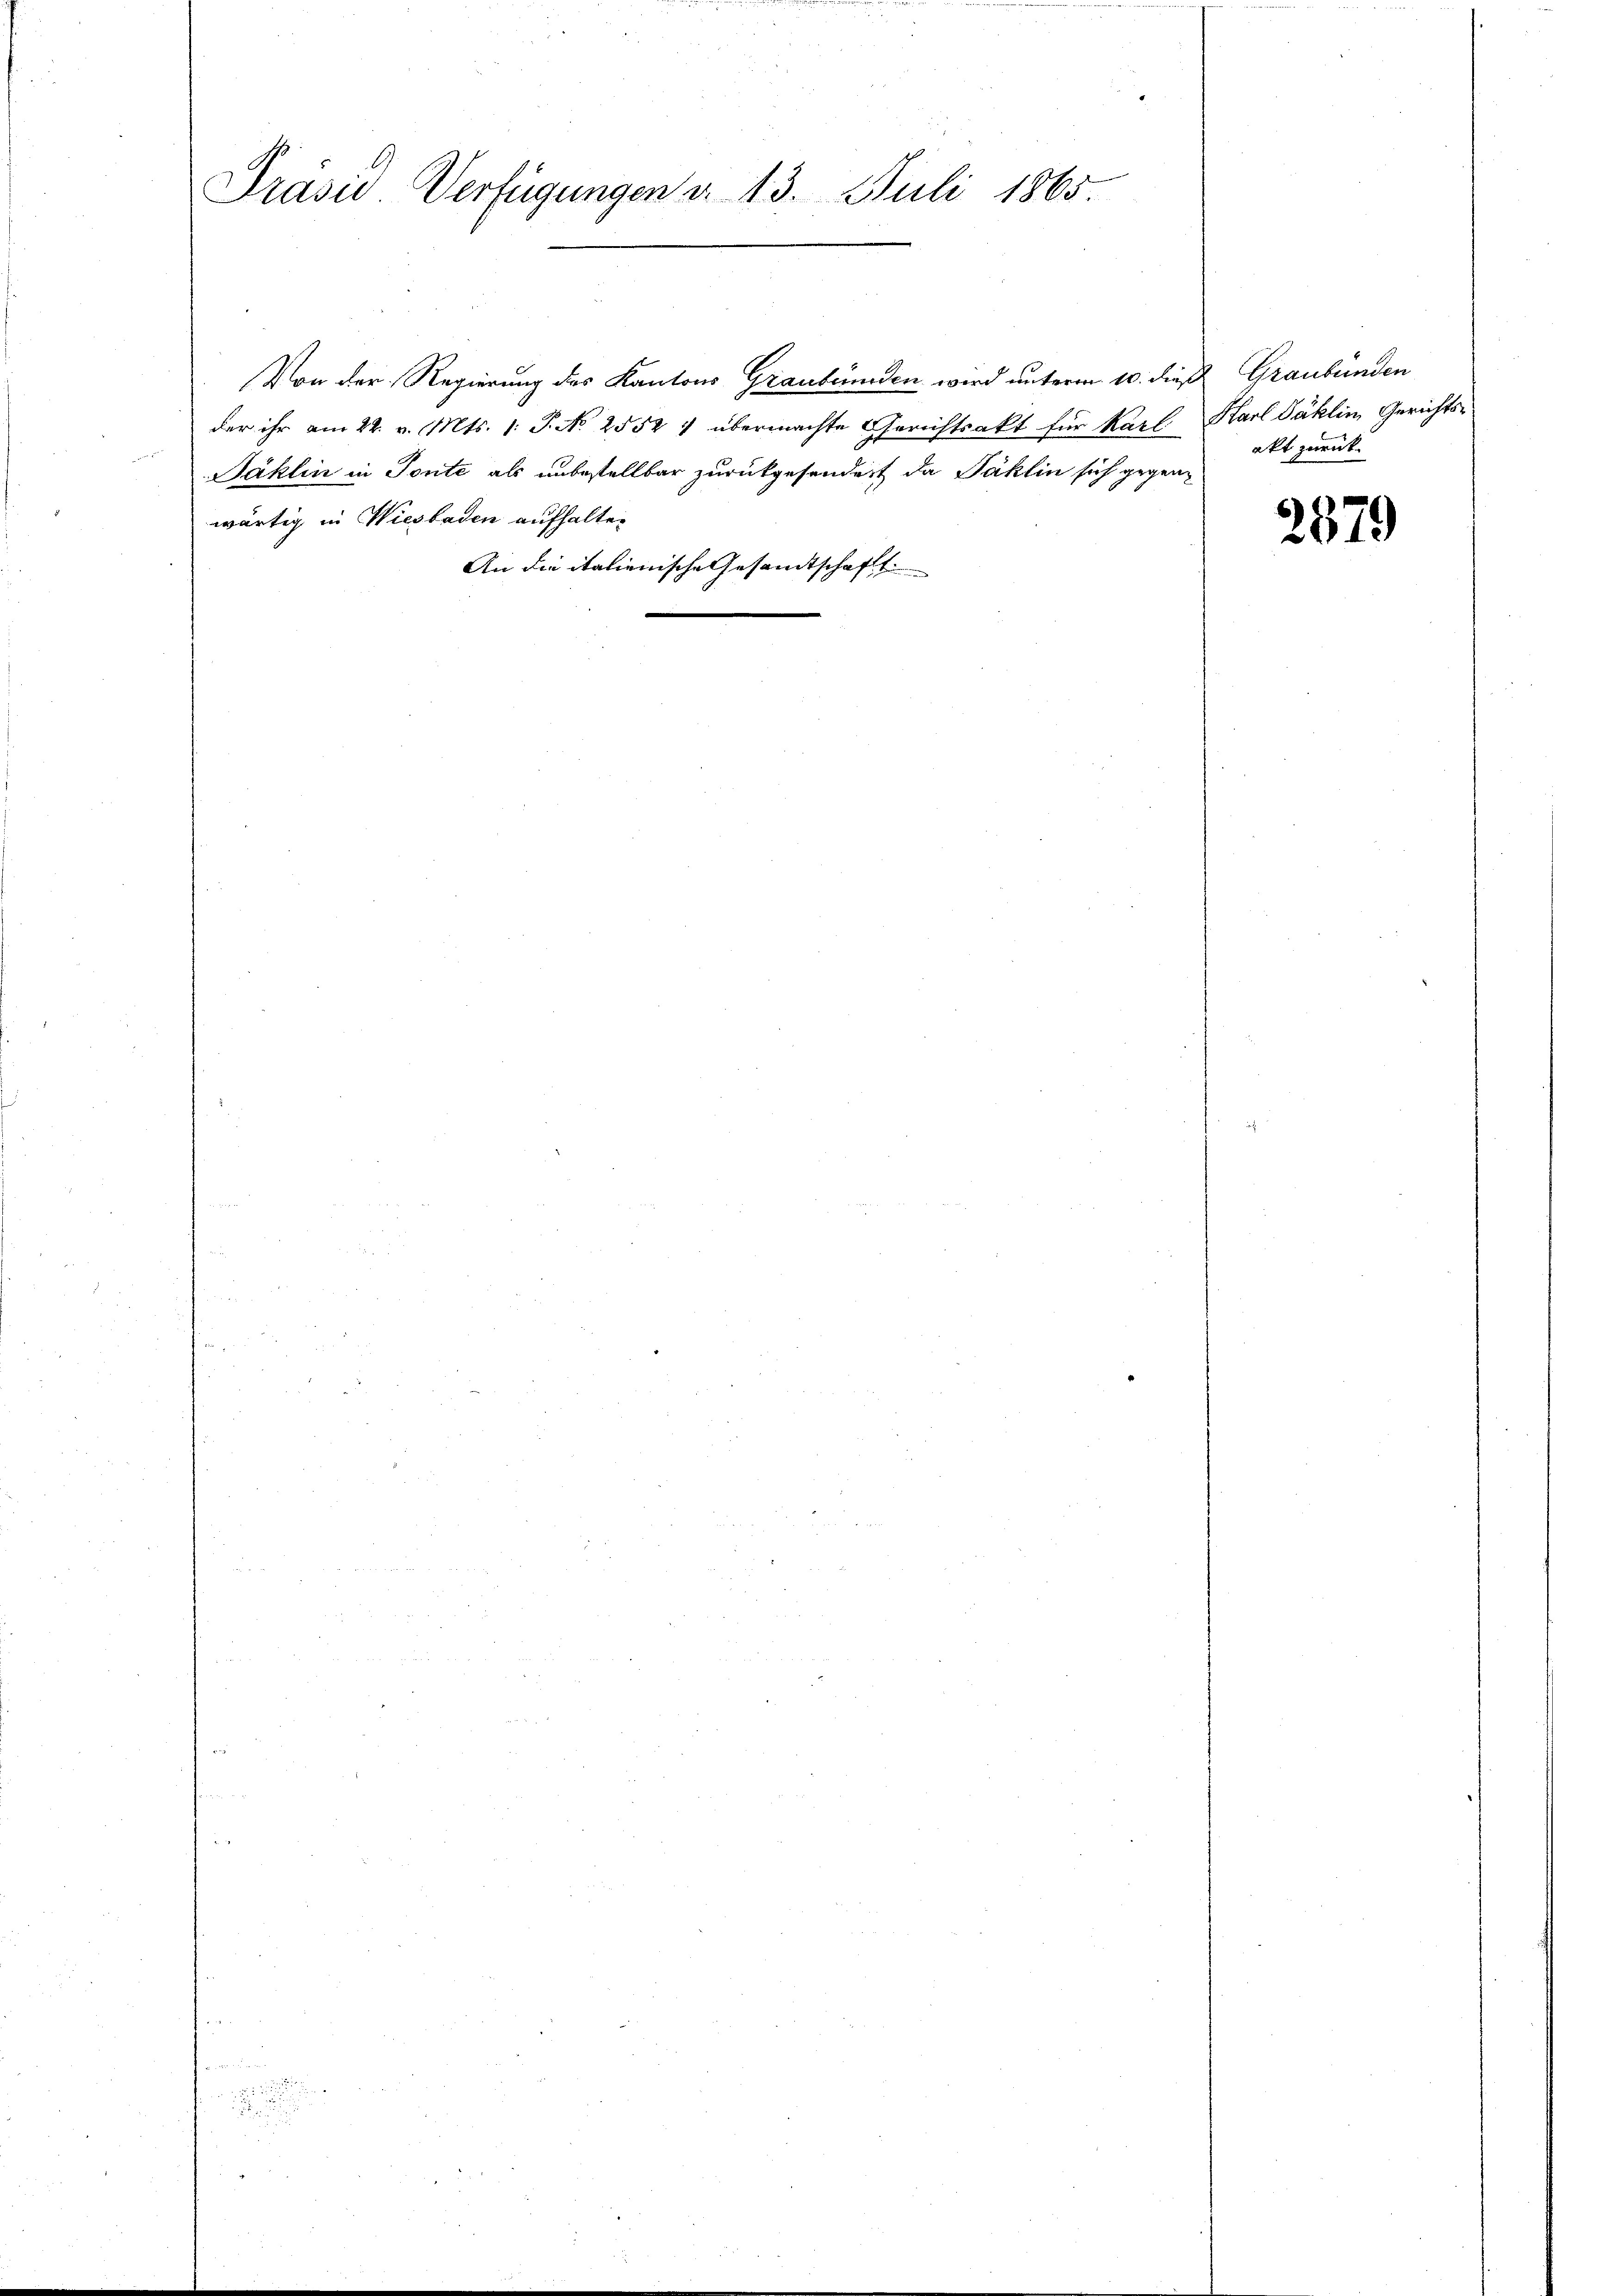
Präsid Verfügungen d. 13. Juli 1865

Von der Regierung des Kantons Graubünden wird unterm 10. dieß Graubünden
der ihr am 22. v. Mts. /: P. No 2552) übermachte Gerichtsakt für Karl Karl Jäklin, Gerichts¬
Jäklin in Tonte als unbestellbar zurückgesendert da Jaklin sich gegenwärtig in Wiesbaden aufhalten
An die italienische Gesandtschaft

akt zurück.

2579